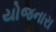
યોજનારા